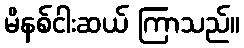
မိနစ်ငါးဆယ် ကြာသည်။